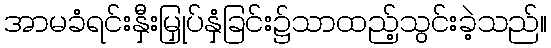
အာမခံရင်းနှီးမြှုပ်နှံခြင်း၌သာထည့်သွင်းခဲ့သည်။